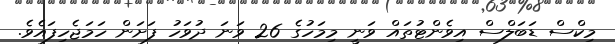
މިކްސް ޑަބަލްސް އިވެންޓުތައް ވަނީ މިމަހުގެ 26 ވަނަ ދުވަހު ފަށަން ހަމަޖެހިފައެވެ.